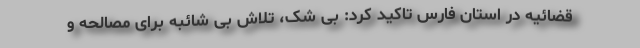
قضائیه در استان فارس تاکید کرد: بی شک، تلاش بی شائبه برای مصالحه و